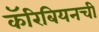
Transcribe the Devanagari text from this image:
कॅरिबियनची